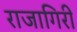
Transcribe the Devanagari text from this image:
राजागिरी